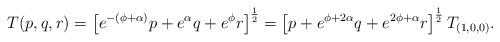
\begin{align*}T(p, q, r) = \left[e^{-(\phi + \alpha)} p + e^{\alpha} q + e^{\phi} r \right]^{1\over 2} = \left[ p + e^{\phi + 2\alpha} q + e^{2\phi + \alpha} r \right]^{1\over 2} T_{(1, 0, 0)}. \end{align*}